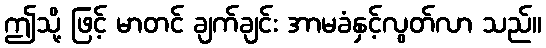
ဤသို့ ဖြင့် မာတင် ချက်ချင်း အာမခံနှင့်လွတ်လာ သည်။